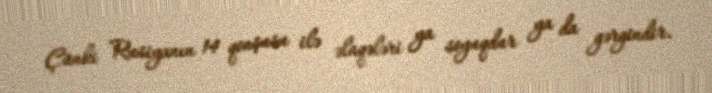
Çünki Rusiyanın 14 qonşusu ilə əlaqələri ya soyuqdur ya da gərgindir.